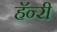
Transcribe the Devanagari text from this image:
हॅन्‍री